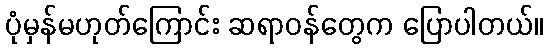
ပုံမှန်မဟုတ်ကြောင်း ဆရာဝန်တွေက ပြောပါတယ်။